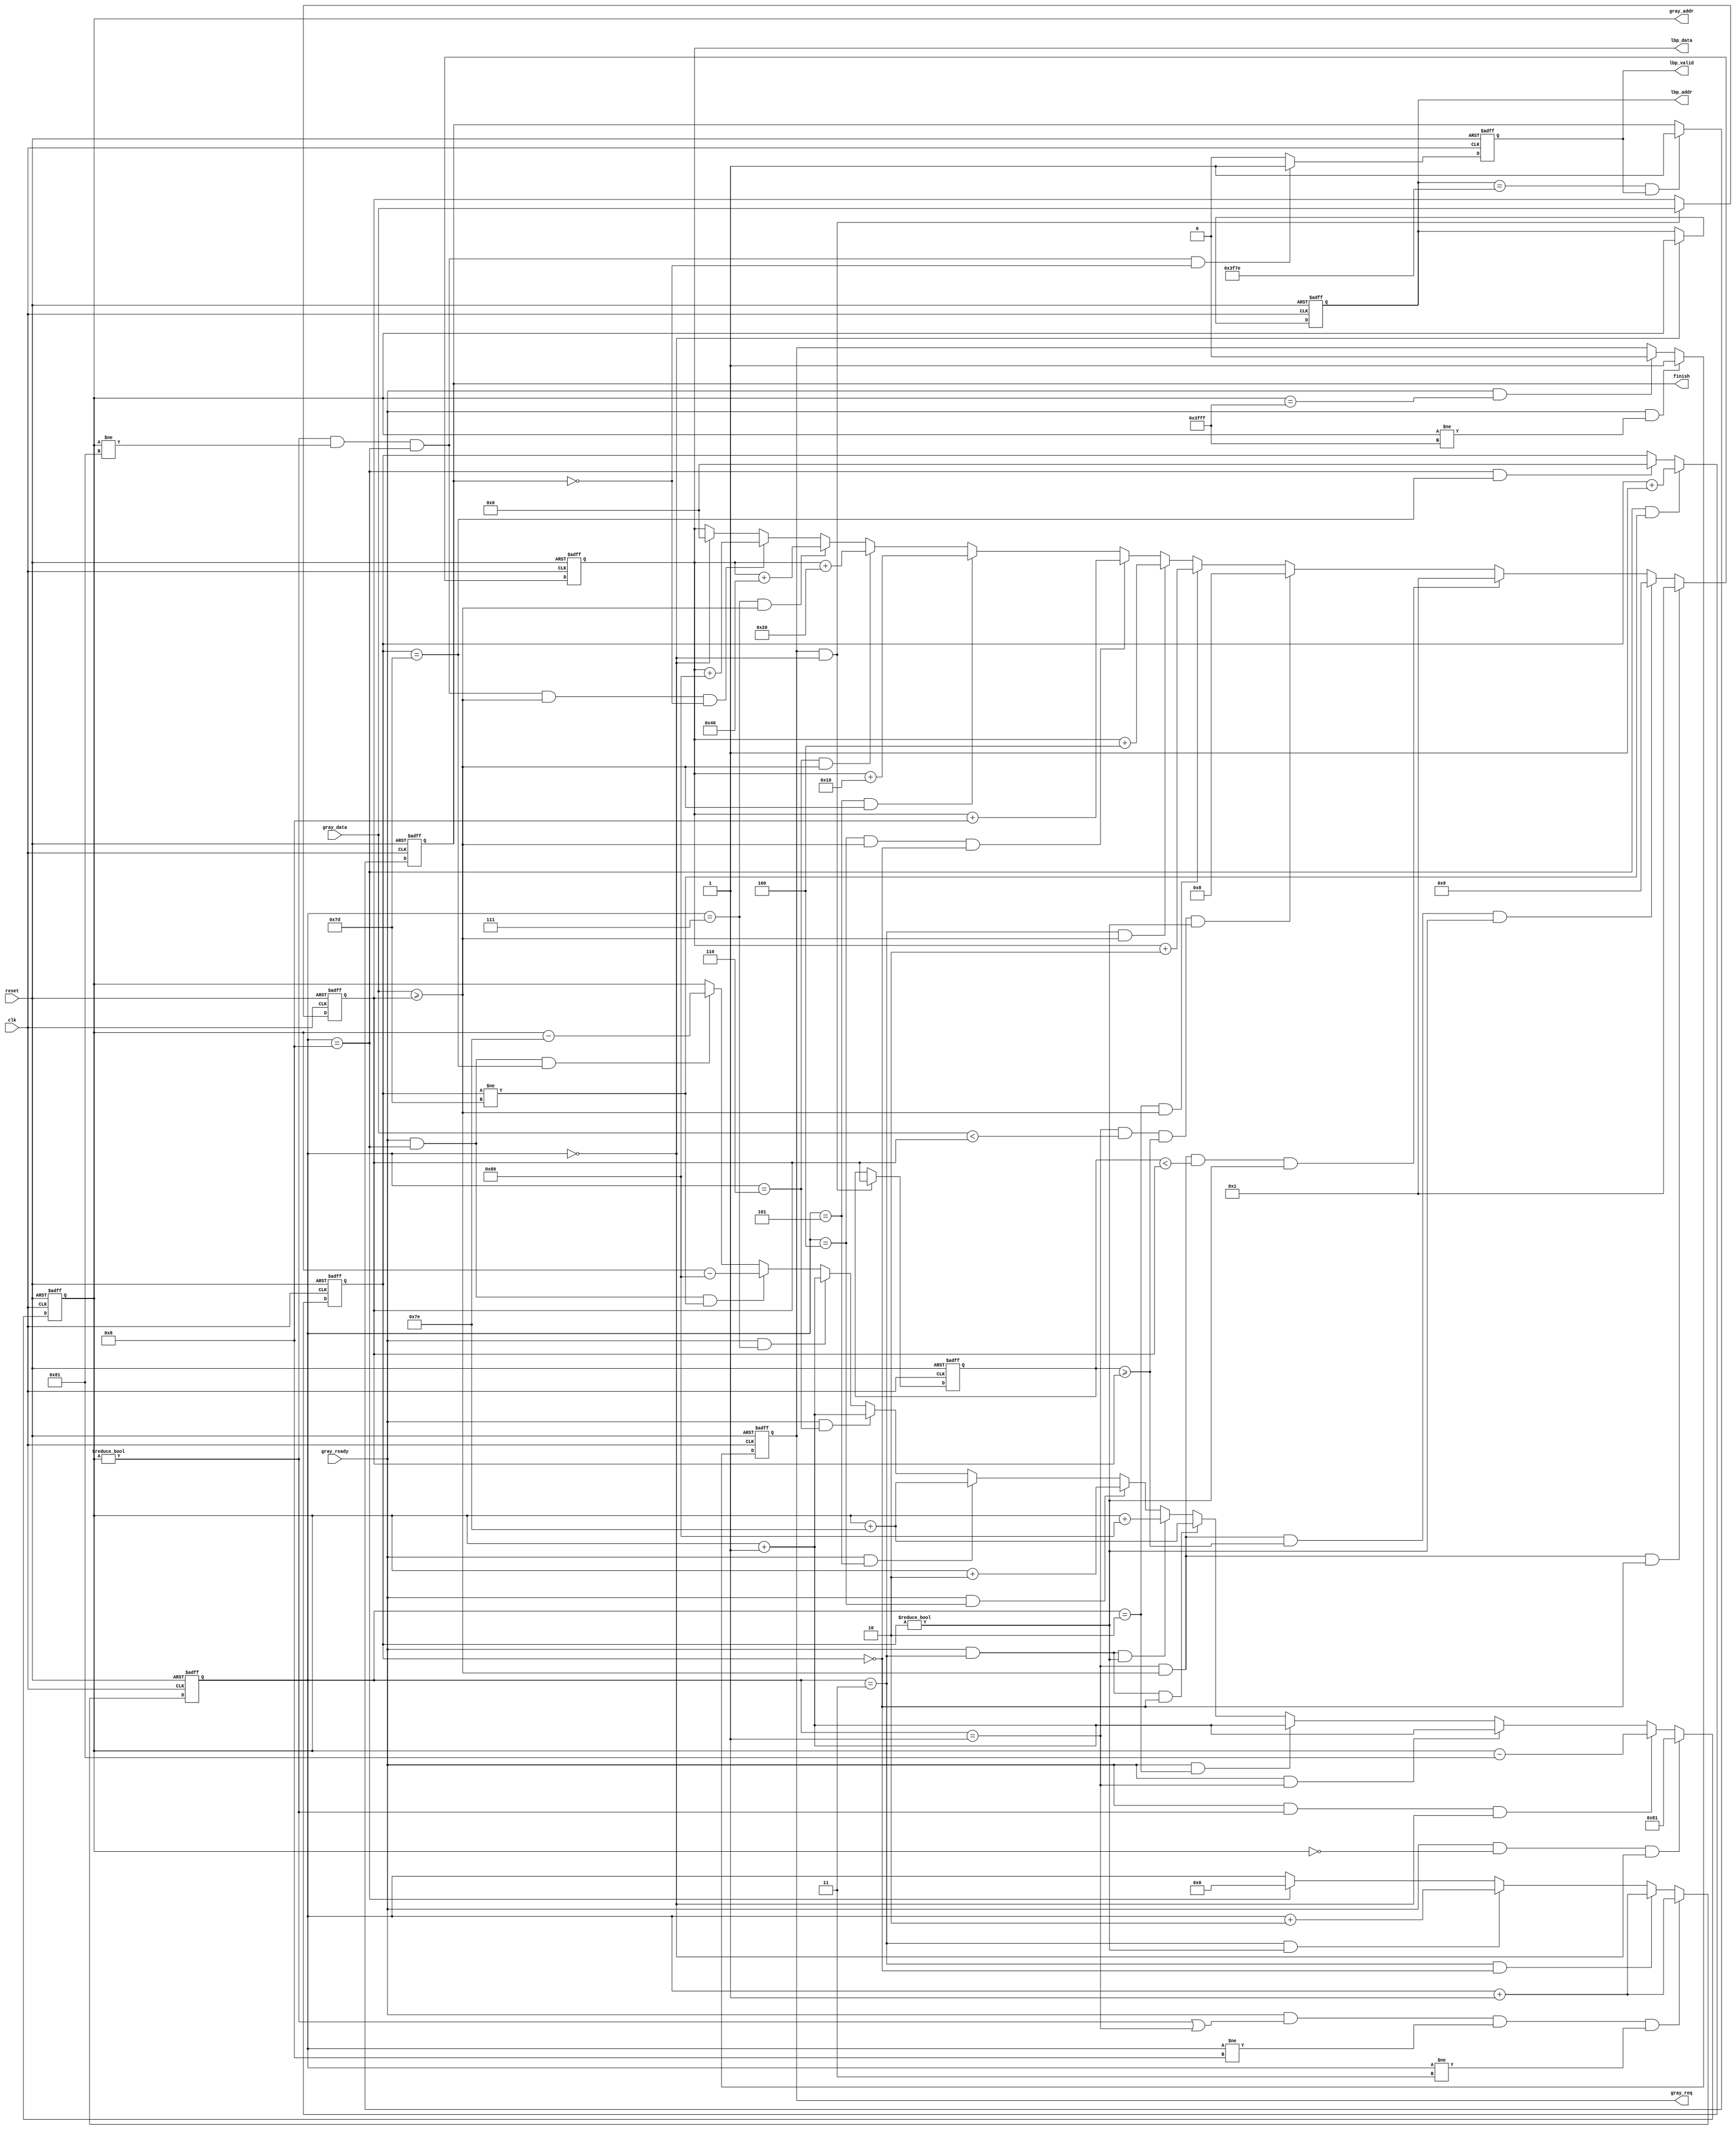

`timescale 1ns/10ps
module LBP ( clk, reset, gray_addr, gray_req, gray_ready, gray_data, lbp_addr, lbp_valid, lbp_data, finish);
input   	clk;
input   	reset;
output  [13:0] 	gray_addr;
output         	gray_req;
input   	gray_ready;
input   [7:0] 	gray_data;
output  [13:0] 	lbp_addr;
output  	lbp_valid;
output  [7:0] 	lbp_data;
output  	finish;
//====================================================================
reg [13:0]  gray_addr;
reg         gray_req;
reg [13:0]  lbp_addr;
reg         lbp_valid;
reg [7:0]   lbp_data;
reg         finish;                
reg [3:0]   block_counter;
reg [7:0]   mm,mm_lm,step_counter;

always @(posedge clk or posedge reset) begin
    if(reset)
        gray_addr<=0;
    else if(gray_ready && gray_addr==0 && block_counter==0)
        gray_addr<=129;
    else if(gray_ready && gray_addr!=0 && block_counter==0)
        gray_addr<=gray_addr-129;
    else if(gray_ready && block_counter==1)
        gray_addr<=gray_addr+1;
    else if(gray_ready && block_counter==2)
        gray_addr<=gray_addr+1;
    else if(gray_ready && block_counter==3 && step_counter==0)
        gray_addr<=gray_addr+126;
    else if(gray_ready && block_counter==3 && step_counter!=0)
        gray_addr<=gray_addr+128;
    else if(gray_ready && block_counter==4 )
        gray_addr<=gray_addr+2;
    else if(gray_ready && block_counter==5)
        gray_addr<=gray_addr+126;
    else if(gray_ready && block_counter==6)
        gray_addr<=gray_addr+1;
    else if(gray_ready && block_counter==7)
        gray_addr<=gray_addr+1;
    else if(gray_ready && block_counter==8 && step_counter!=125)
        gray_addr<=gray_addr-128;
    else if(gray_ready && block_counter==8 && step_counter==125)
        gray_addr<=gray_addr-126;
    else
        gray_addr<=gray_addr;
end
always @(posedge clk or posedge reset) begin
    if(reset)
        gray_req<=0;
    else if(gray_ready && gray_addr!=16383)
        gray_req<=1;
    else if(gray_ready && gray_addr==16383)
        gray_req<=0;
    else
        gray_req<=gray_req;
end
always @(posedge clk or posedge reset) begin
    if(reset)
        lbp_addr<=0;
    else if(block_counter==0)
        lbp_addr<=gray_addr;
    else
        lbp_addr<=lbp_addr;
end
always @(posedge clk or posedge reset) begin
    if(reset)
        lbp_valid<=0;
    else if(gray_addr!=0 && gray_addr!=129 && block_counter==8 && !finish)
        lbp_valid<=1;
    else if(finish)
        lbp_valid<=0;
    else
        lbp_valid<=0;
end
always @(posedge clk or posedge reset) begin
    if(reset)
        lbp_data<=0;
    else if(block_counter==1 && gray_data>=mm && step_counter==0)
        lbp_data<=1;
    else if(block_counter==1 && gray_data>=mm && mm_lm>=mm && step_counter!=0)
        lbp_data<=9;
    else if(block_counter==1 && gray_data>=mm && mm_lm<mm && step_counter!=0)
        lbp_data<=1;
    else if(block_counter==1 && gray_data<mm && mm_lm>=mm && step_counter!=0)
        lbp_data<=8;
    else if(block_counter==2 && gray_data>=mm)
        lbp_data<=lbp_data+2;
    else if(block_counter==3 && gray_data>=mm)
        lbp_data<=lbp_data+4;
    else if(block_counter==4 && gray_data>=mm && step_counter==0)
        lbp_data<=lbp_data+8;
    else if(block_counter==5 && gray_data>=mm)
        lbp_data<=lbp_data+16;
    else if(block_counter==6 && gray_data>=mm)
        lbp_data<=lbp_data+32;
    else if(block_counter==7 && gray_data>=mm)
        lbp_data<=lbp_data+64;
    else if(gray_addr!=0 && gray_addr!=129 && block_counter==8 && gray_data>=mm && !finish)
        lbp_data<=lbp_data+128;
    else if(block_counter==0)
        lbp_data<=0;
    else
        lbp_data<=lbp_data;
end
always @(posedge clk or posedge reset) begin
    if(reset)
        mm<=0;
    else if(gray_req && block_counter==0)
        mm<=gray_data;
    else
        mm<=mm;
end
always @(posedge clk or posedge reset) begin
    if(reset)
        mm_lm<=0;
    else if(gray_req && block_counter==0)
        mm_lm<=mm;
    else
        mm_lm<=mm_lm;
end
always @(posedge clk or posedge reset) begin
    if(reset)
        block_counter<=0;
    else if(gray_ready && (gray_addr!=0 || block_counter==1) && block_counter!=8 && block_counter!=3)
        block_counter<=block_counter+1;
    else if(block_counter==3 && step_counter==0)
        block_counter<=block_counter+1;
    else if(block_counter==3 && step_counter!=0)
        block_counter<=block_counter+2;
    else if(block_counter==8)
        block_counter<=0;
    else
        block_counter<=block_counter;
end
always @(posedge clk or posedge reset) begin
    if(reset)
        step_counter<=0;
    else if(block_counter==8 && step_counter!=125)
        step_counter<=step_counter+1;
    else if(block_counter==8 && step_counter==125)
        step_counter<=0;
    else 
        step_counter<=step_counter;
end
always @(posedge clk or posedge reset) begin
    if(reset)
        finish<=0;
    else if(lbp_addr==16254 && lbp_valid)
        finish<=1;
    else
        finish<=finish;
end




//====================================================================
endmodule